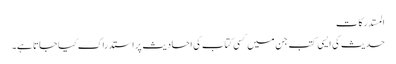
المستدرکات
حدیث کی ایسی کتب جن میں کسی کتاب کی احادیث پر استدراک کیا جاتا ہے۔